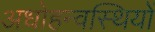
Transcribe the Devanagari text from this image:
अधोहन्वस्थियों